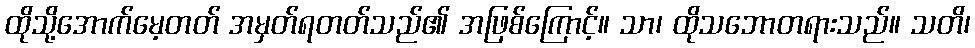
ထိုသို့အောက်မေ့တတ် အမှတ်ရတတ်သည်၏ အဖြစ်ကြောင့်။ သာ၊ ထိုသဘောတရားသည်။ သတိ၊